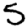
Digit: 5